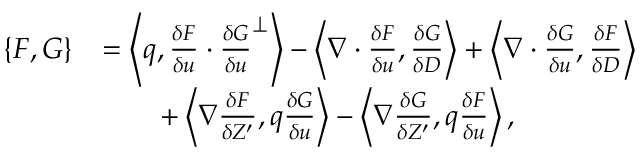
\begin{array} { r l } { \{ F , G \} } & { = \left\langle q , \frac { \delta F } { \delta u } \cdot \frac { \delta G } { \delta u } ^ { \perp } \right\rangle - \left\langle \nabla \cdot \frac { \delta F } { \delta u } , \frac { \delta G } { \delta D } \right\rangle + \left\langle \nabla \cdot \frac { \delta G } { \delta u } , \frac { \delta F } { \delta D } \right\rangle } \\ & { \qquad + \left\langle \nabla \frac { \delta F } { \delta Z ^ { \prime } } , q \frac { \delta G } { \delta u } \right\rangle - \left\langle \nabla \frac { \delta G } { \delta Z ^ { \prime } } , q \frac { \delta F } { \delta u } \right\rangle , } \end{array}